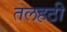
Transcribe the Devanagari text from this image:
तलहठी